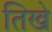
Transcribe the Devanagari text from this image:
तिखे